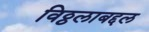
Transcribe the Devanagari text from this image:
विठ्ठलाबद्दल